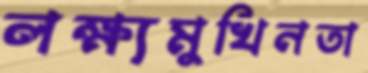
লক্ষ্যমুখিনতা